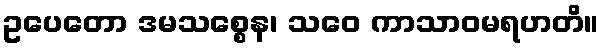
ဥပေတော ဒမသစ္စေန၊ သဝေ ကာသာဝမရဟတိ။